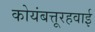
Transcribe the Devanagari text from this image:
कोयंबत्तूरहवाई